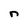
Character: n